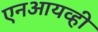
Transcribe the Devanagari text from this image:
एनआयव्ही